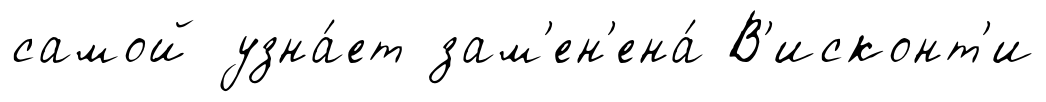
самой узна́ет зам'ен'ена́ В'исконт'и